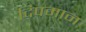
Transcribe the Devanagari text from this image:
दिपमान